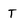
Character: T